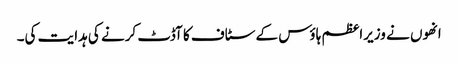
انھوں نے وزیراعظم ہاؤس کے سٹاف کا آڈٹ کرنے کی ہدایت کی۔